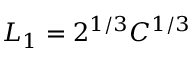
L _ { 1 } = 2 ^ { 1 / 3 } C ^ { 1 / 3 }